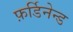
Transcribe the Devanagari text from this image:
फ़र्डिनेन्ड